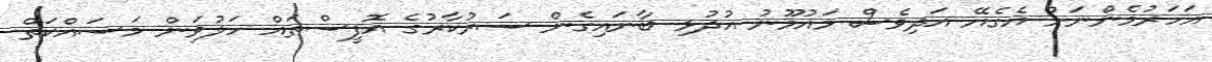
އަހަރުމެންނަށް އެގެޔޭ އަދިވެސް މައުމޫނު އުދުޅި ބާނައިގެން ސަރުކާރުގެ އޮފީސްތައް ހަލުވަން މަސައްކަތް